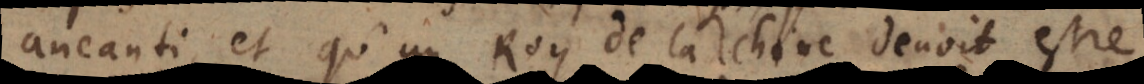
aneanti, et qu’un Roy de la Chine devoit estre